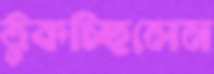
ঠুকচ্ছিলেন